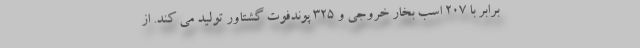
برابر با 207 اسب بخار خروجی و 325 پوندفوت گشتاور تولید می کند. از